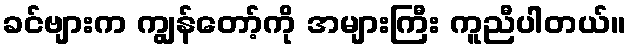
ခင်ဗျားက ကျွန်တော့်ကို အများကြီး ကူညီပါတယ်။